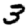
Digit: 3